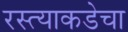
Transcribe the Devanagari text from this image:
रस्त्याकडेचा